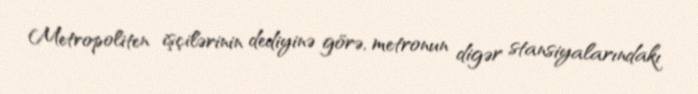
Metropoliten işçilərinin dediyinə görə, metronun digər stansiyalarındakı